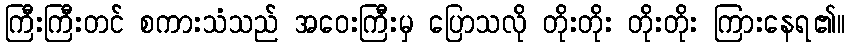
ကြီးကြီးတင် စကားသံသည် အဝေးကြီးမှ ပြောသလို တိုးတိုး တိုးတိုး ကြားနေရ၏။